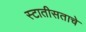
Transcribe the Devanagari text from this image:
स्टातीसताचे